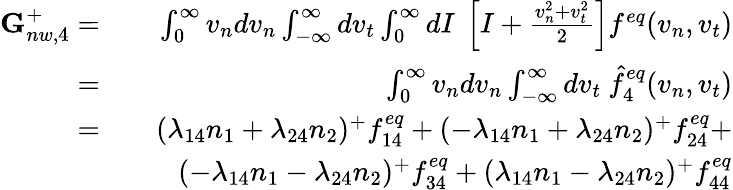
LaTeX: \begin{array}{rlr}{\textbf{G}_{nw,4}^{+}=}&{}&{\int_{0}^{\infty}v_{n}dv_{n}\int_{-\infty}^{\infty}dv_{t}\int_{0}^{\infty}dI\ \left[I+\frac{v_{n}^{2}+v_{t}^{2}}{2}\right]f^{eq}(v_{n},v_{t})}\\ {=}&{}&{\int_{0}^{\infty}v_{n}dv_{n}\int_{-\infty}^{\infty}dv_{t}\ \hat{f}_{4}^{eq}(v_{n},v_{t})}\\ {=}&{}&{(\lambda_{14}n_{1}+\lambda_{24}n_{2})^{+}f_{14}^{eq}+(-\lambda_{14}n_{1}+\lambda_{24}n_{2})^{+}f_{24}^{eq}+}\\ &{}&{(-\lambda_{14}n_{1}-\lambda_{24}n_{2})^{+}f_{34}^{eq}+(\lambda_{14}n_{1}-\lambda_{24}n_{2})^{+}f_{44}^{eq}}\end{array}